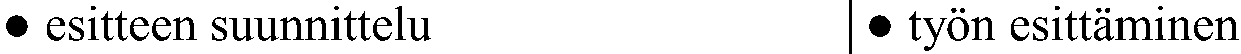
● esitteen suunnittelu      ● työn esittäminen